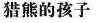
猎熊的孩子